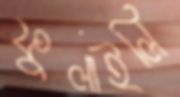
ফুলাইলি